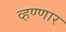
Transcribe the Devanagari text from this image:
व्हण्णार